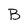
Character: B